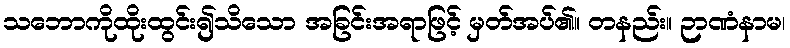
သဘောကိုထိုးထွင်း၍သိသော အခြင်းအရာဖြင့် မှတ်အပ်၏။ တနည်း။ ဉာဏံနာမ၊